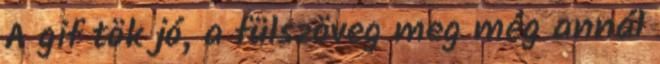
A gif tök jó, a fülszöveg meg még annál